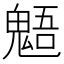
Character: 𩳌